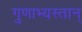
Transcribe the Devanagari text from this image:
गुणाभ्यस्तान्